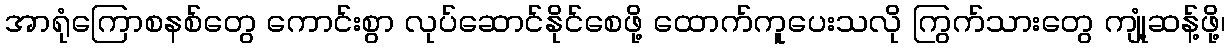
အာရုံကြောစနစ်တွေ ကောင်းစွာ လုပ်ဆောင်နိုင်စေဖို့ ထောက်ကူပေးသလို ကြွက်သားတွေ ကျုံ့ဆန့်ဖို့၊